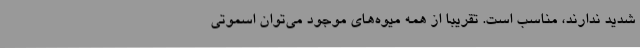
شدید ندارند، مناسب است. تقریبا از همه میوه‌های موجود می‌توان اسموتی